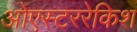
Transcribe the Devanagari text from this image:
ओएस्टररेकिश